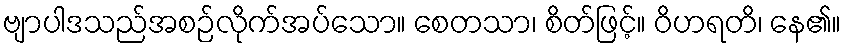
ဗျာပါဒသည်အစဉ်လိုက်အပ်သော။ စေတသာ၊ စိတ်ဖြင့်။ ဝိဟရတိ၊ နေ၏။